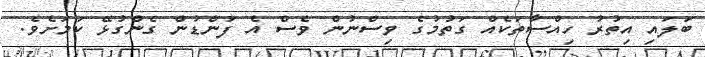
ބަލައި އިތުރު ހިއްސާތަކެއް ގަތުމުގެ ވިސްނުން ވެސް އެ ފަންޑުން ގެންގުޅޭ ކަމަށެވެ.